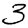
Digit: 3